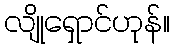
လျိုရှောင်ဟုန်။